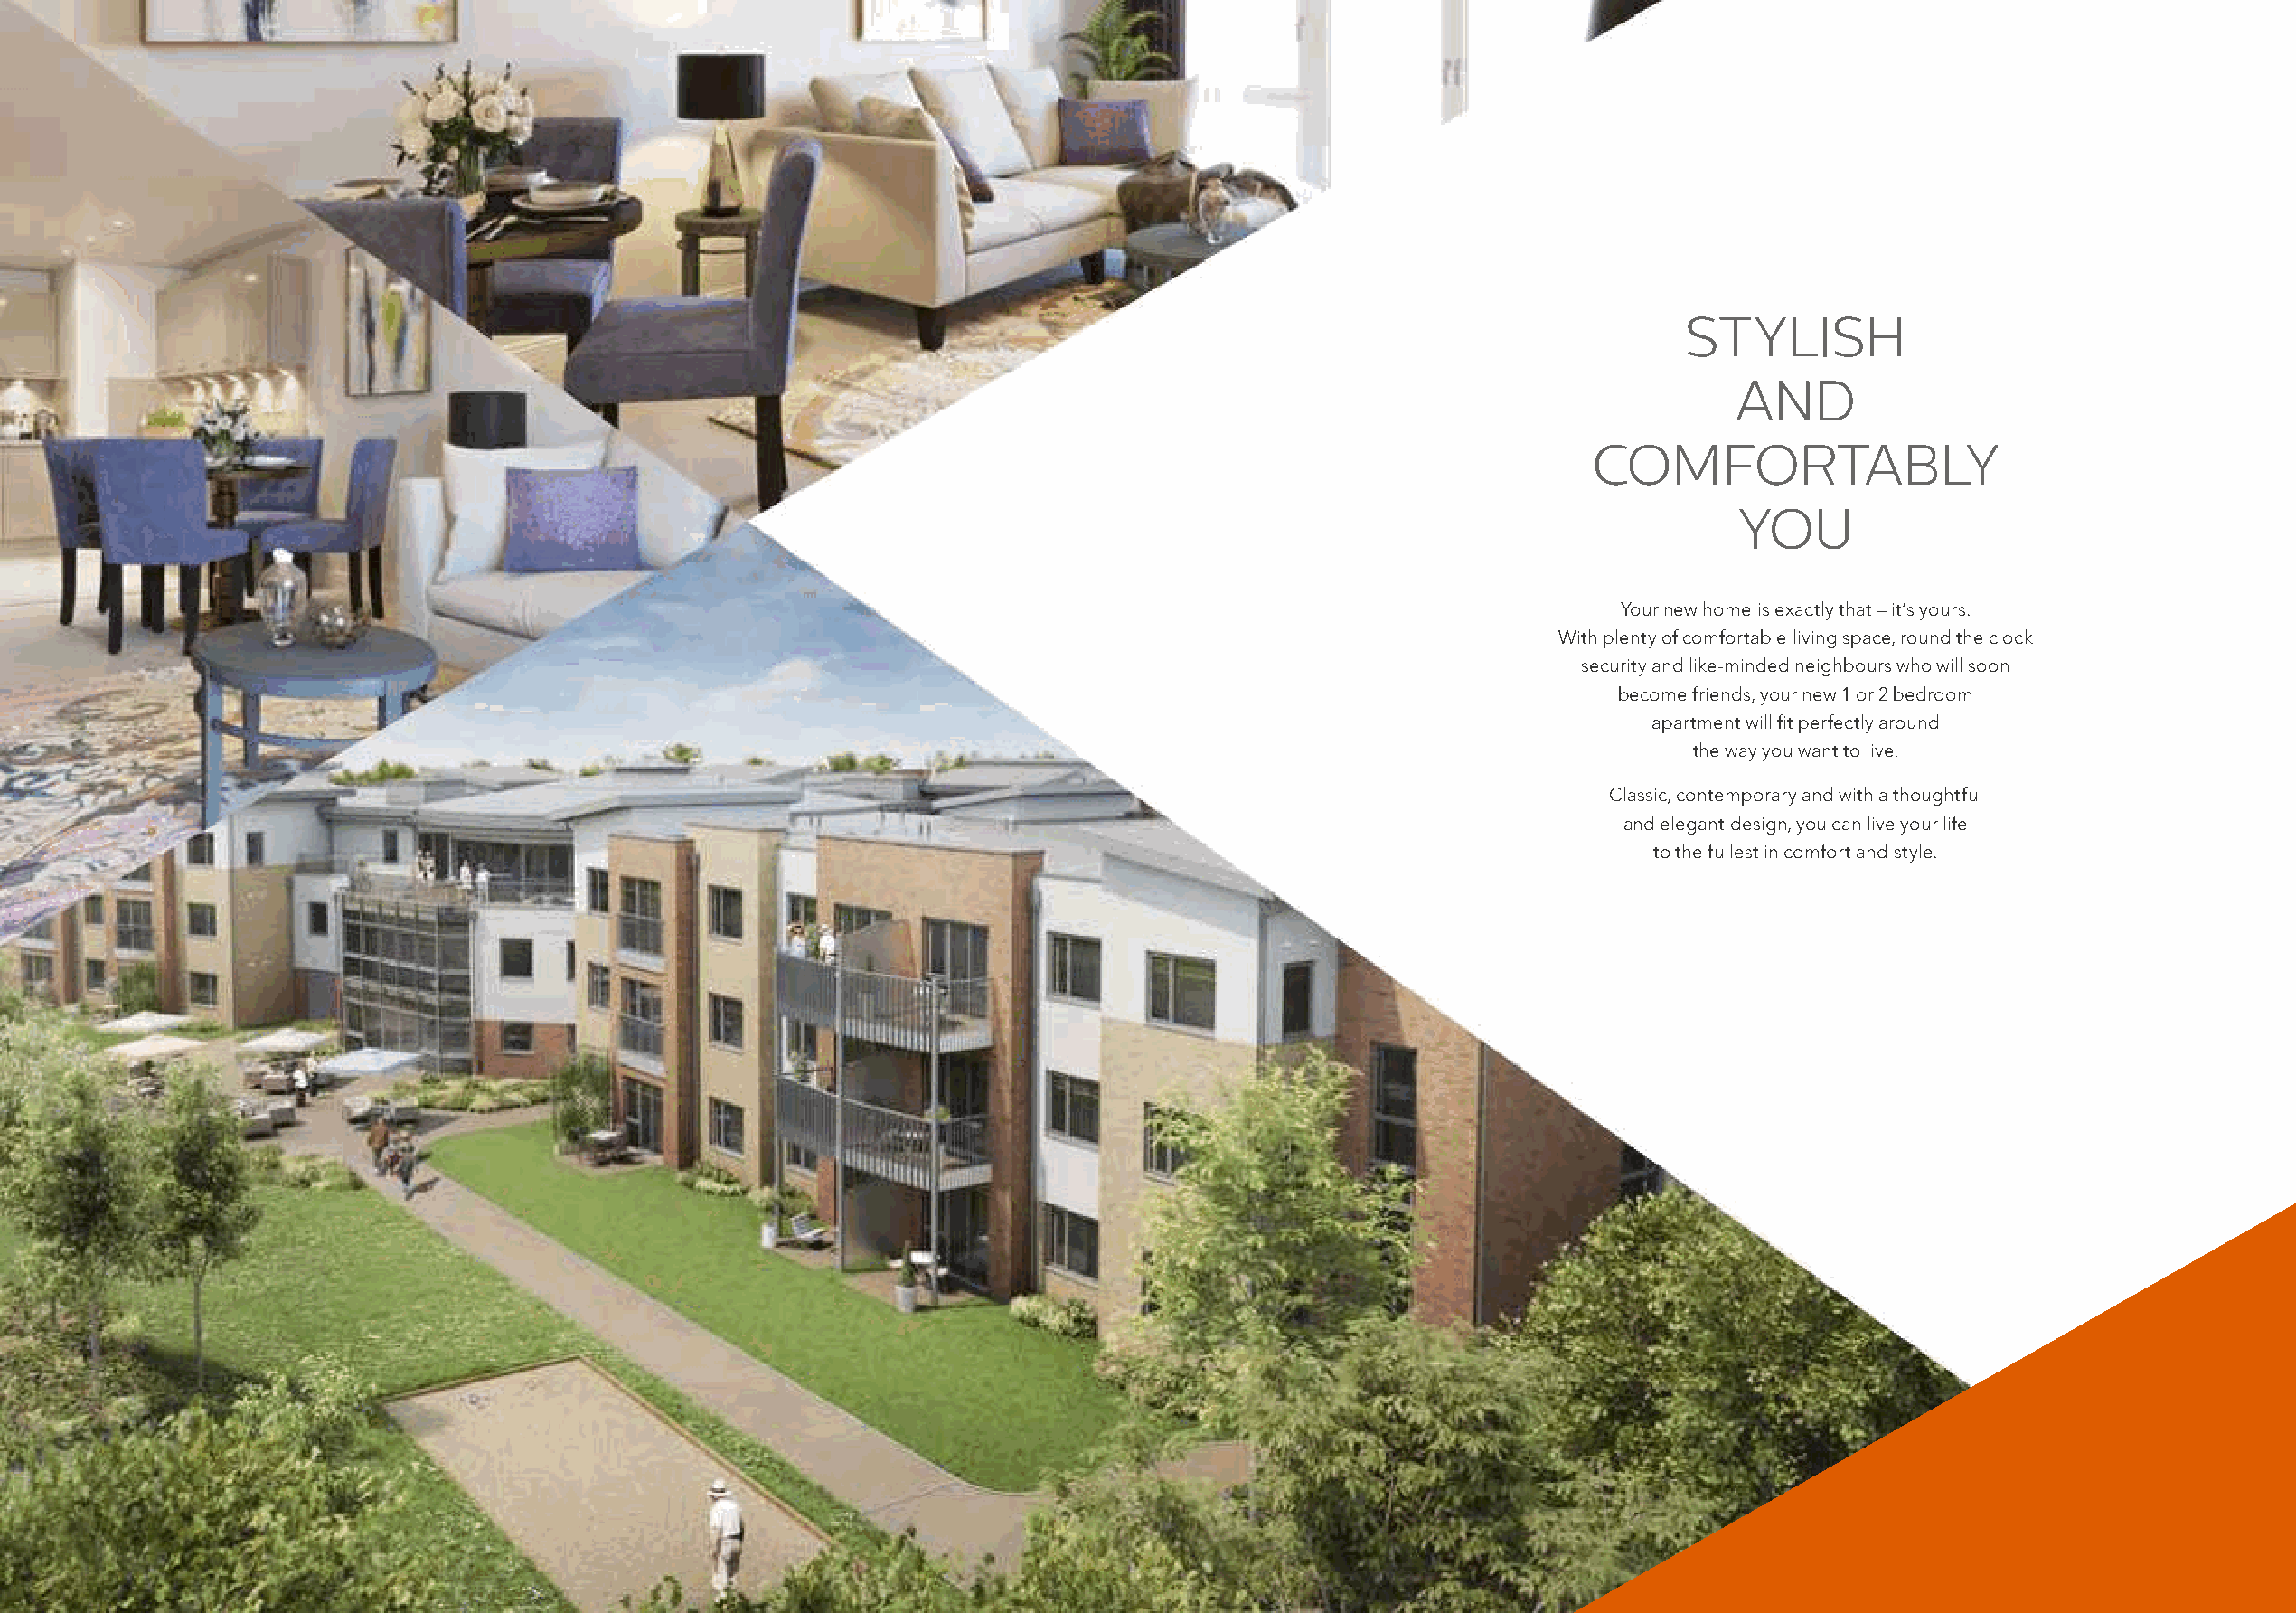
STYLISH
 AND
 COMFORTABLY
 YOU
 Your new home is exactly that – it’s yours.
 With plenty of comfortable living space, round the clock
 security and like-minded neighbours who will soon
 become friends, your new 1 or 2 bedroom
 apartment will fit perfectly around
 the way you want to live.
 Classic, contemporary and with a thoughtful
 and elegant design, you can live your life
 to the fullest in comfort and style.